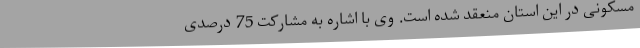
مسکونی در این استان منعقد شده است. وی با اشاره به مشارکت 75 درصدی